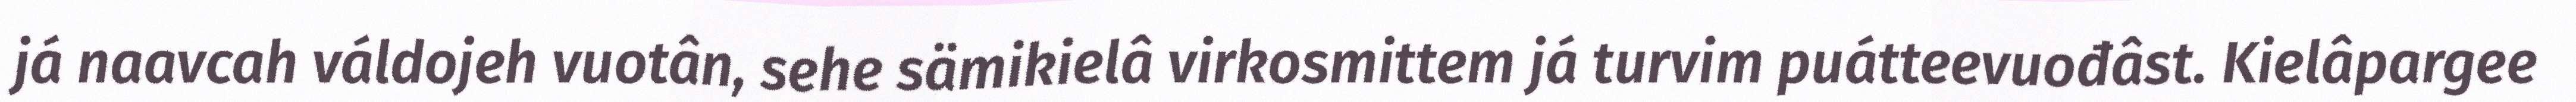
já naavcah váldojeh vuotân, sehe sämikielâ virkosmittem já turvim puátteevuođâst. Kielâpargee